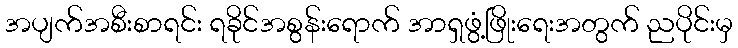
အပျက်အစီးစာရင်း ရခိုင်အစွန်းရောက် အာရှဖွံ့ဖြိုးရေးအတွက် ညပိုင်းမှ